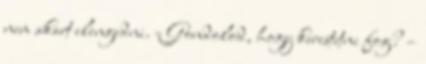
nem akart elengedni. - Gondolod, hogy kerestetni fog? –